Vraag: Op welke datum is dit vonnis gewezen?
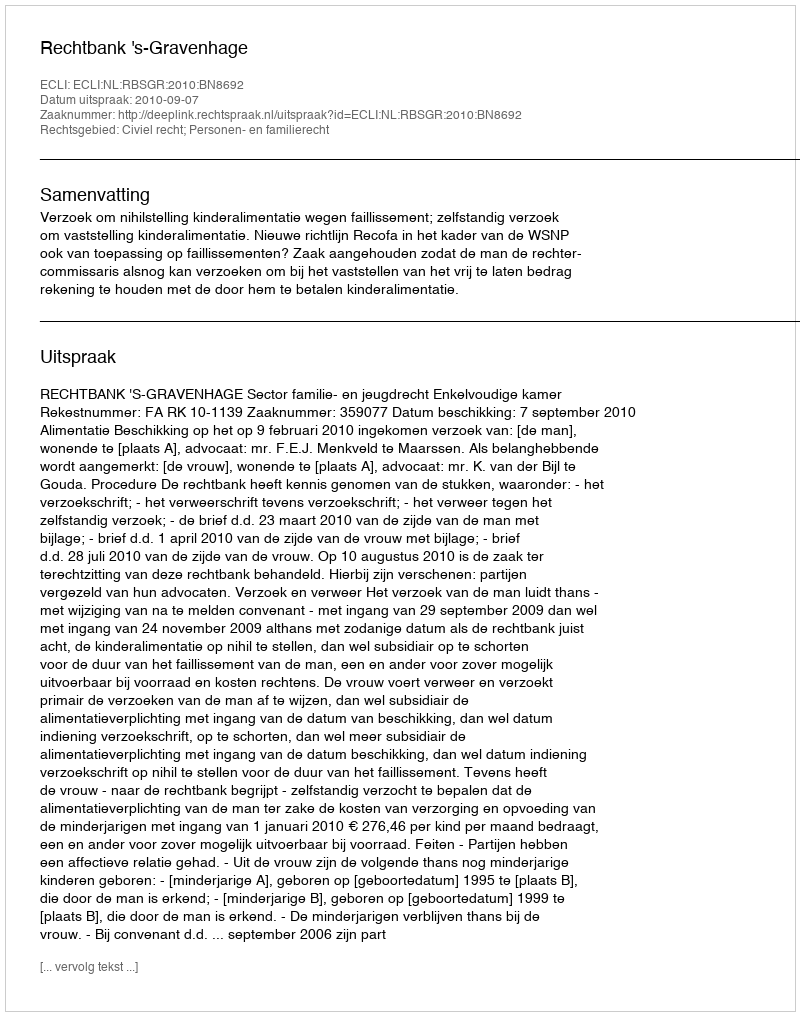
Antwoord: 2010-09-07